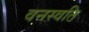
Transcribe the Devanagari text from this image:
वनस्वति